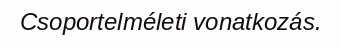
Csoportelméleti vonatkozás.